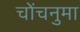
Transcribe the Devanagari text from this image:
चोंचनुमा